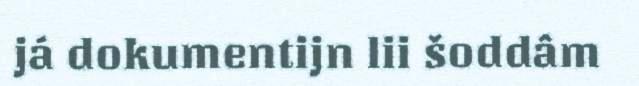
já dokumentijn lii šoddâm